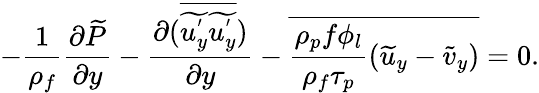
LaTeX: -\frac{1}{\rho_{f}}\frac{\partial\widetilde{P}}{\partial y}-\frac{\partial(\overline{{\widetilde{u_{y}^{'}}\widetilde{u_{y}^{'}}}})}{\partial y}-\overline{{\frac{\rho_{p}f\phi_{l}}{\rho_{f}\tau_{p}}(\widetilde{u}_{y}-\widetilde{v}_{y})}}=0.